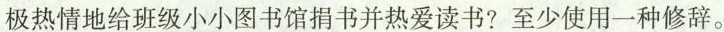
极热情地给班级小小图书馆捐书并热爱读书?至少使用一种修辞。